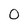
Character: 0